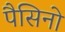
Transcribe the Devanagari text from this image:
पैसिनो